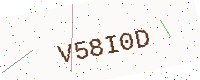
Text: V58I0D